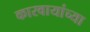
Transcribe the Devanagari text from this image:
कारवायांच्या